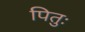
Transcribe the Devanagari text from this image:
पितुः